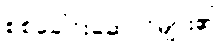
စစ်ခေါင်းဆောင်များ၏